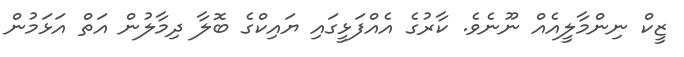
ޒީކް ނިންމާލީއެއް ނޫނެވެ. ކާރުގެ އެއްފަޅީގައި ޔައިކްގެ ބޮލާ ދިމާލުން އަތް އަޅަމުން